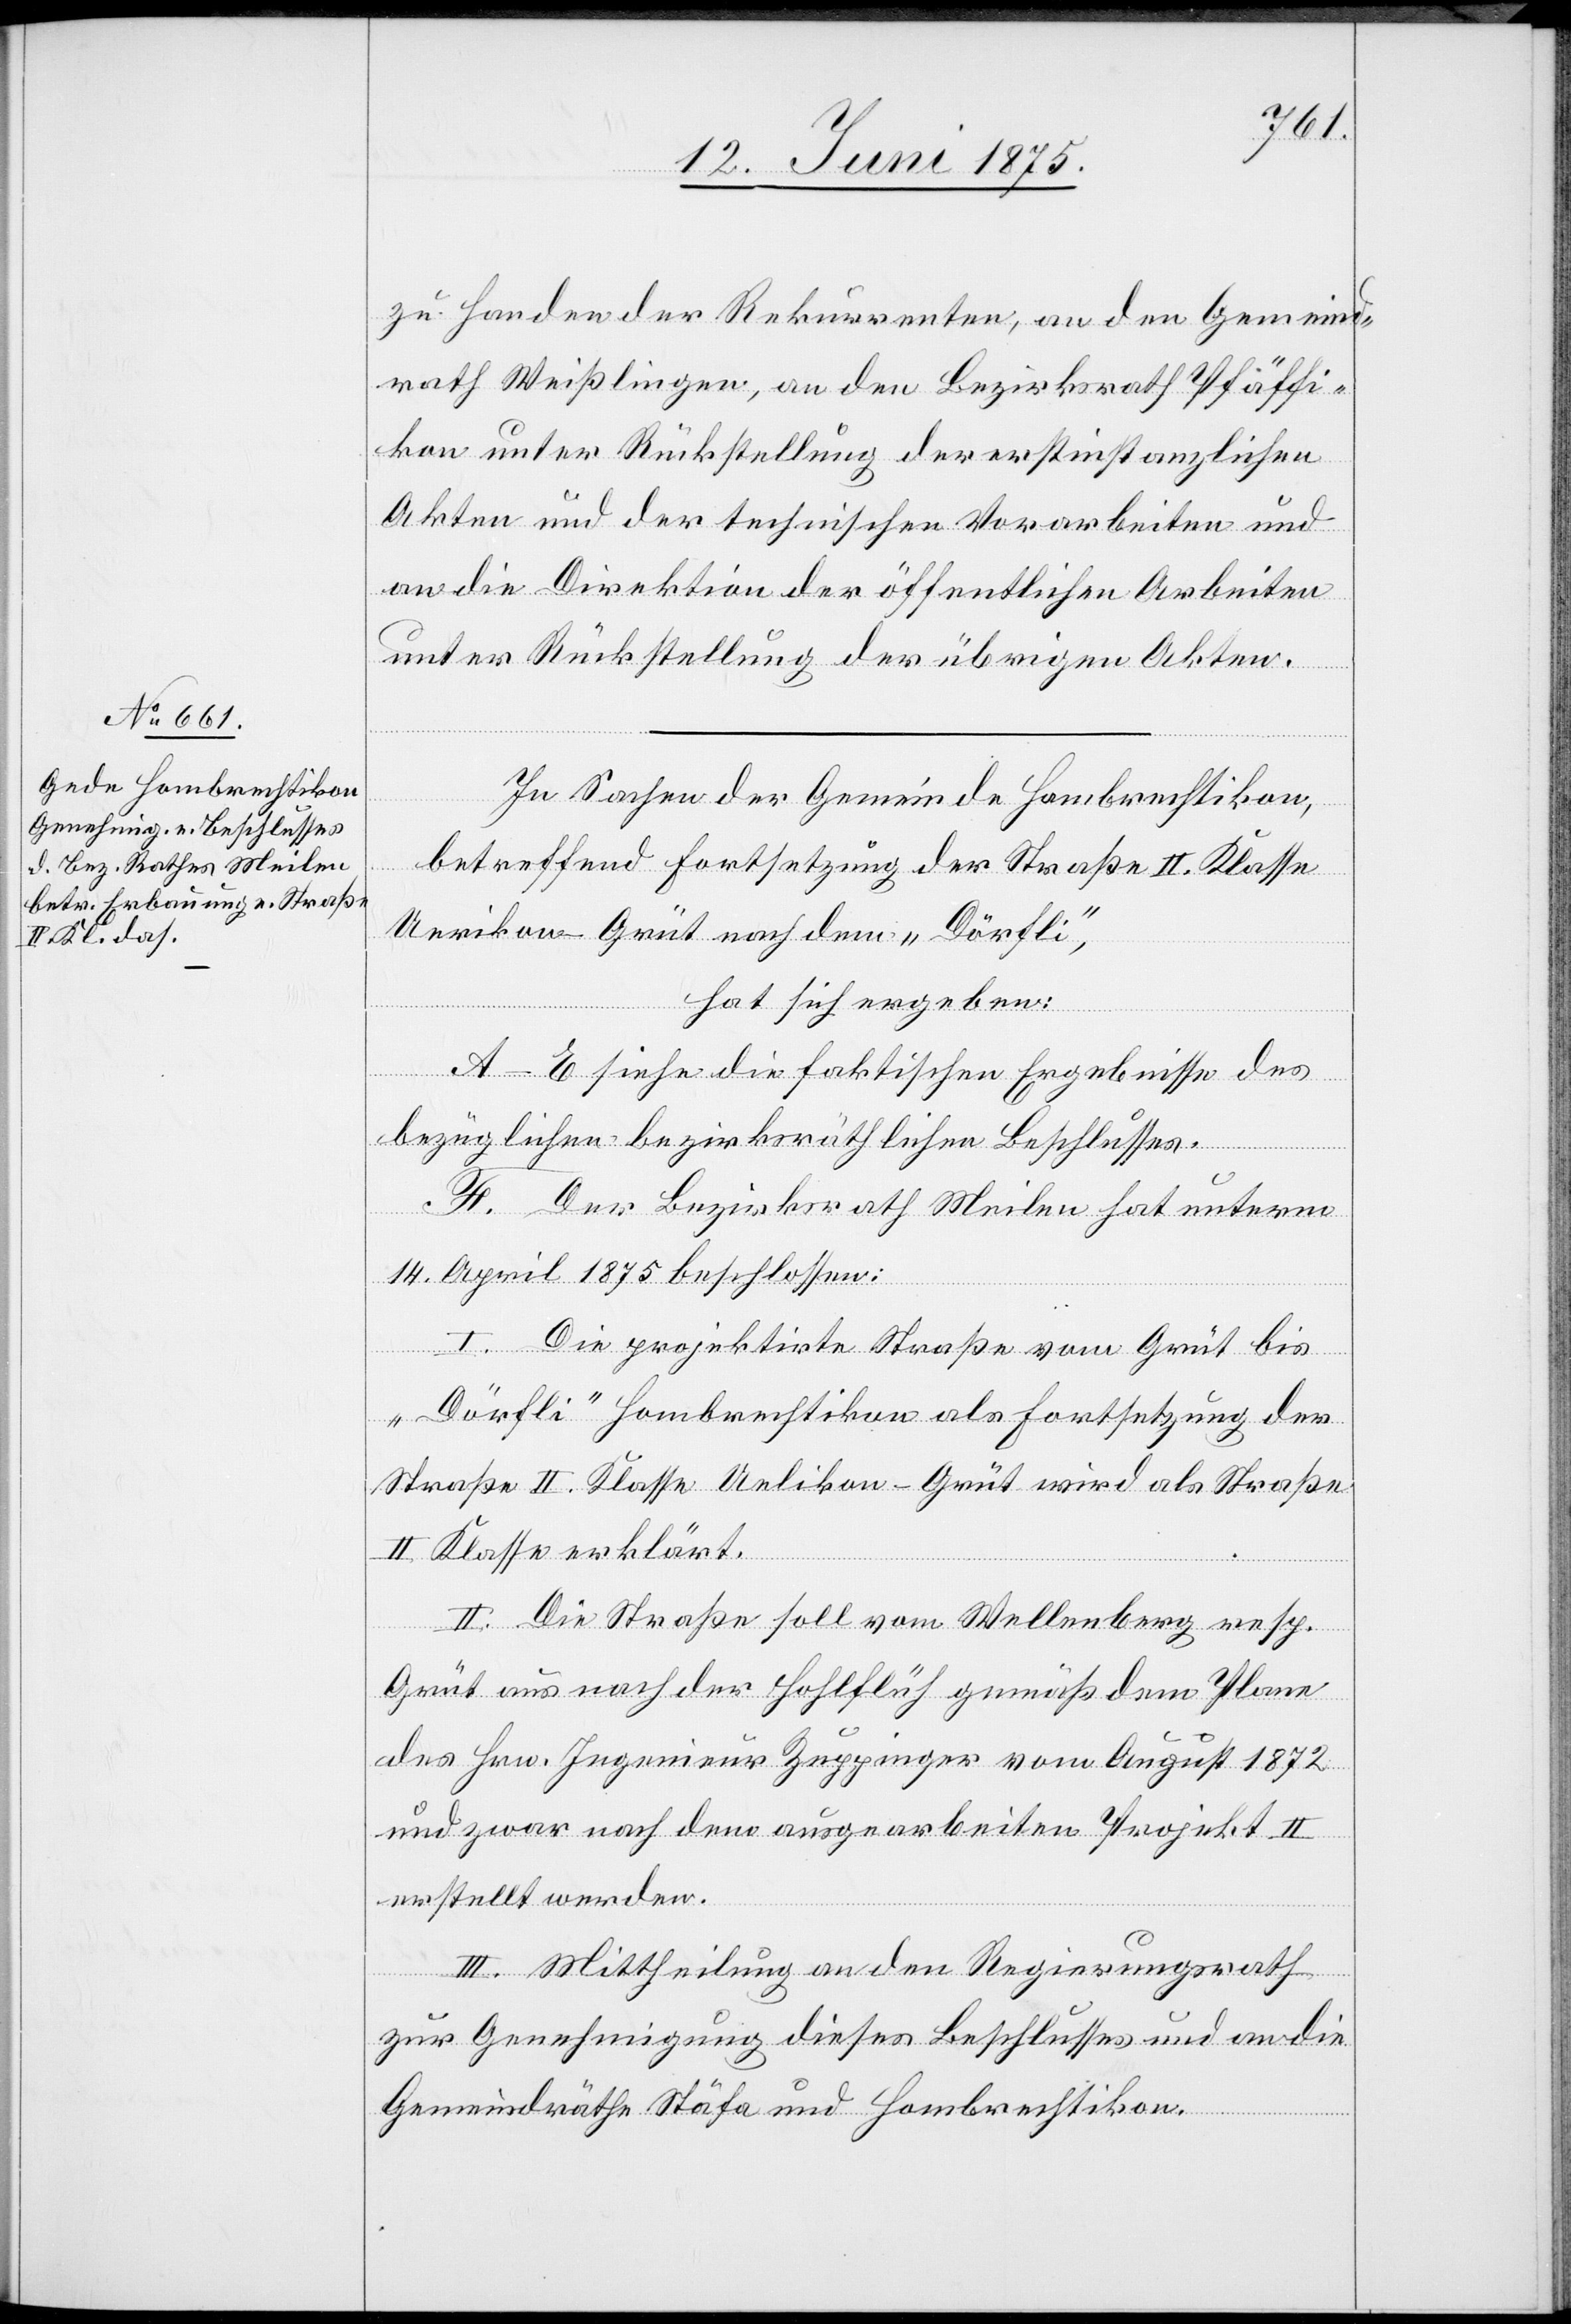
zu Handen der Rekurrenten, an den Gemeind¬
rath Weißlingen, an den Bezirksrath Pfäffi¬
kon unter Rückstellung der erstinstanzlichen
Akten und der technischen Vorarbeiten und
an die Direktion der öffentliche Arbeiten
unter Rückstellung der übrigen Akten.
In Sachen der Gemeinde Hombrechtikon,
betreffend Fortsetzung der Straße II. Klasse
Uerikon–Grüt nach dem „Dörfli“,
hat sich ergeben:
A.–E. siehe die faktischen Ergebnisse des
bezüglichen bezirksräthlichen Beschlusses.
F. Der Bezirksrath Meilen hat unterm
14. April 1875 beschlossen:
I. Die projektirte Straße vom Grüt bis
„Dörfli“ Hombrechtikon als Fortsetzung der
Straße II. Klasse Uelikon [sic!] –Grüt wird als Straße
II. Klasse erklärt.
II. Die Straße soll vom Wellenberg resp.
Grüt aus nach der Grüt–Hohlflüh gemäß dem Plane
des Hrn. Ingenieur Zuppinger vom August 1872
und zwar nach dem ausgearbeiteten Projekt II
erstellt werden.
III. Mittheilung an den Regierungsrath
zur Genehmigung dieses Beschlusses und an die
Gemeindräthe Stäfa und Hombrechtikon.